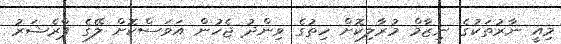
މިއީ ނާރުތަކުގެ ނިޒާމް މުރާލިކޮށް ހިތުގެ ވިންދު ޖެހުން އަވަސްކޮށް ލޭގެ ޕްރެޝަރު